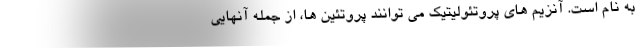
به نام است. آنزیم های پروتئولیتیک می توانند پروتئین ها، از جمله آنهایی